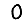
Digit: 0